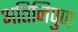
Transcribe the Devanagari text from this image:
अतिनिपुण